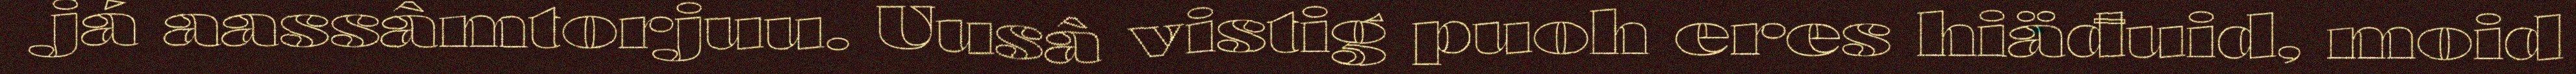
já aassâmtorjuu. Uusâ vistig puoh eres hiäđuid, moid